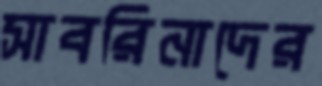
সাবরিনাদের